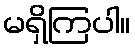
မရှိကြပါ။